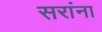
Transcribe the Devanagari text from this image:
सरांना